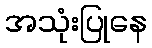
အသုံးပြုနေ